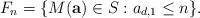
LaTeX: \begin{align*}F_n=\{ M({\bf a})\in S : a_{d,1} \le n \}.\end{align*}